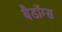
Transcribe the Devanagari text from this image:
बैडॉग्स